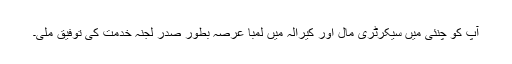
آپ کو چنئی میں سیکرٹری مال اور کیرالہ میں لمبا عرصہ بطور صدر لجنہ خدمت کی توفیق ملی۔